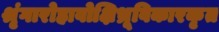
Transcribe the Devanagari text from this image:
श्रृंगारोहावोक्षिभ्रूविकारकृत